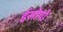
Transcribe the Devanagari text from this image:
ईसोपो